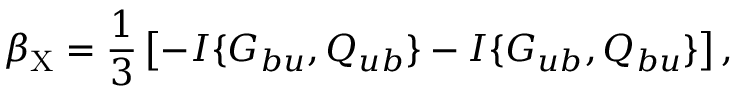
\beta _ { \mathrm { { X } } } = \frac { 1 } { 3 } \left[ { - I \{ { G _ { b u } , Q _ { u b } } \} - I \{ { G _ { u b } , Q _ { b u } } \} } \right] ,